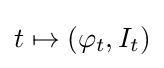
t\mapsto (\varphi _{t},I_{t})